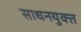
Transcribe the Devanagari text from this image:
साधनयुक्त